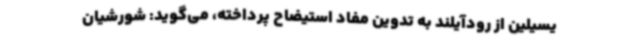
یسیلین از رودآیلند به تدوین مفاد استیضاح پرداخته، می‌گوید: شورشیان